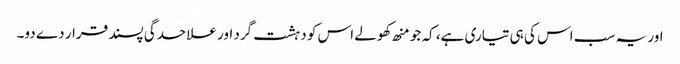
اور یہ سب اس کی ہی تیاری ہے، کہ جو منھ کھولے اس کو دہشت گرد اور علاحدگی پسند قرار دے دو۔